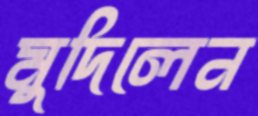
মুদিলেন